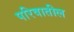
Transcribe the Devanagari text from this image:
परिवातील